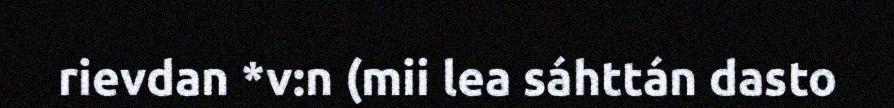
rievdan *v:n (mii lea sáhttán dasto